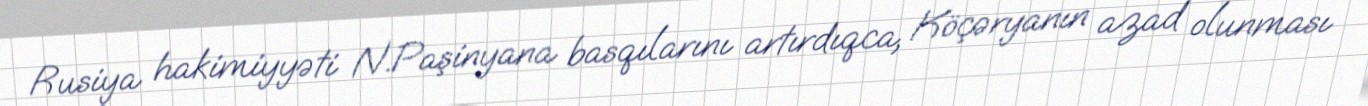
Rusiya hakimiyyəti N.Paşinyana basqılarını artırdıqca, Köçəryanın azad olunması